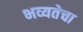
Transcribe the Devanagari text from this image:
भव्यतेचा